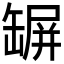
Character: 𦉇